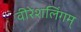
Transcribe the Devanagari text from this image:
वीरेशलिंगम्